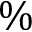
\%